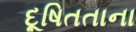
દૂષિતતાના